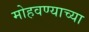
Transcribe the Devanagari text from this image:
मोहवण्याच्या